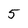
Character: 5